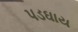
પડઘાય